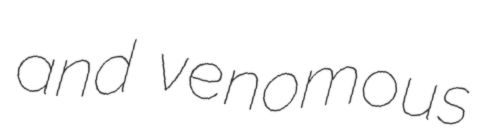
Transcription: and venomous